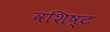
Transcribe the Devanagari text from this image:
वशिष्ट